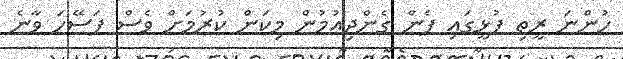
ހުންނަ ރީތި ފުޅީގައި ފެން ގެންދިއުމުން މިކަން ކުރުމަށް ވެސް ފަސޭހަ ވާނެ